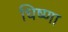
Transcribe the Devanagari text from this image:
धिष्णा